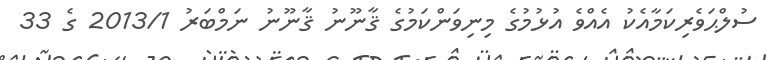
ސުލްޙަވެރިކަމާއެކު އެއްވެ އުޅުމުގެ މިނިވަންކަމުގެ ޤާނޫނު ޤާނޫނު ނަމްބަރު 2013/1 ގެ 33